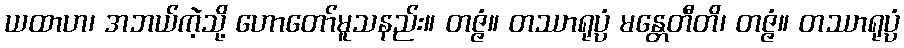
ယထာဟ၊ အဘယ်ကဲ့သို့ ဟောတော်မူသနည်း။ တဇ္ဇံ။ တဿာရုပ္ပံ မန္တေတီတိ၊ တဇ္ဇံ။ တဿာရုပ္ပံ